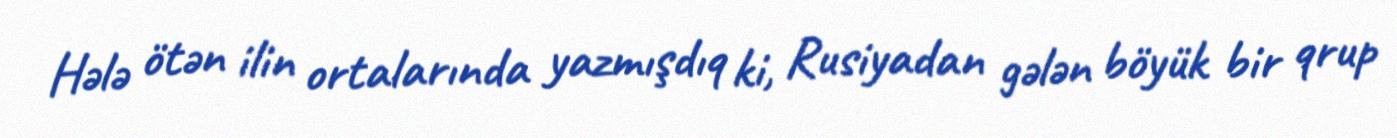
Hələ ötən ilin ortalarında yazmışdıq ki, Rusiyadan gələn böyük bir qrup